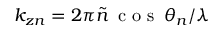
k _ { z n } = 2 \pi \tilde { n } \, \mathrm { ~ c ~ o ~ s ~ } \, \theta _ { n } / \lambda